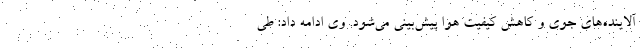
آلاینده‌های جوی و کاهش کیفیت هوا پیش‌بینی می‌شود. وی ادامه داد: طی